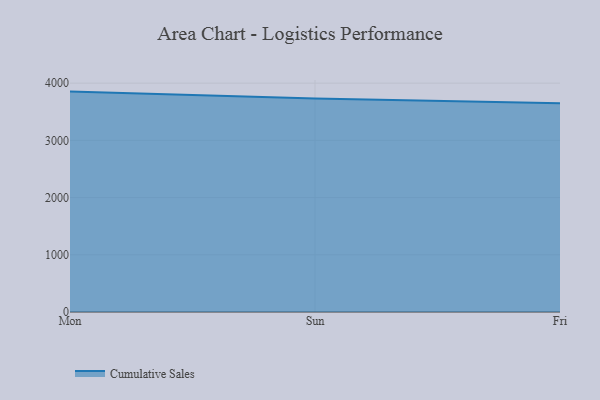
{"axis": {"x": "Day", "y": "Active Users"}, "legend": ["Cumulative Sales"], "data": [{"x": "Mon", "y": 3851.6, "type": "Cumulative Sales"}, {"x": "Sun", "y": 3731.0, "type": "Cumulative Sales"}, {"x": "Fri", "y": 3647.2, "type": "Cumulative Sales"}]}